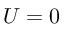
U = 0